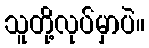
သူတို့လုပ်မှာပဲ။